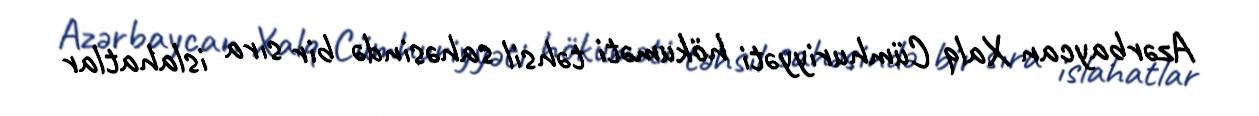
Azərbaycan Xalq Cümhuriyyəti hökuməti təhsil sahəsində bir sıra islahatlar